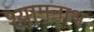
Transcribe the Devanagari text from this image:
श्यामनाथ